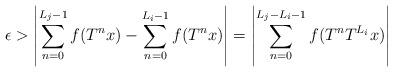
LaTeX: \begin{align*}\epsilon>\left| \sum_{n=0}^{L_j - 1} f(T^n x) - \sum_{n=0}^{L_i - 1} f(T^n x) \right|=\left| \sum_{n=0}^{L_j - L_i - 1} f(T^n T^{L_i} x) \right|\end{align*}